King Institute of Preventive Medicine Bacteriolog. Section reports 1907-08
Year: 1907
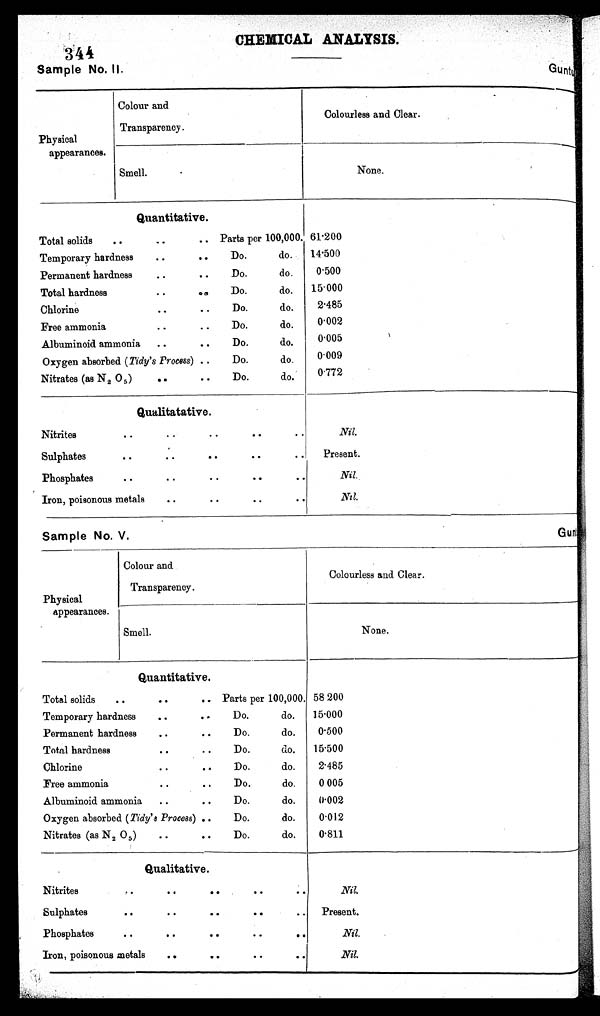
344
Sample No. II.
CHEMICAL ANALYSIS.
Guntu
Physical
appearances.
Colour and
Transparency.
Colourless and Clear.
Smell.
.
None.
Quantitative.
Total solids
..
..
.. Parts per 100,000. 61·200
Temporary hardness
..
..
Do.
do.
14·500
Permanent hardness
.. ..
Do.
do.
0·500
Total hardness
..
..
Do.
do.
15·000
Chlorine
.. ..
Do.
do.
2·485
Free ammonia
..
..
Do.
do.
0·002
Albuminoid ammonia
..
..
Do.
do.
0 · 0 0 5
Oxygen absorbed (Tidy's Process) ..
Do.
do.
0·009
Nitrates (as N 2 O5 )
..
..
Do.
do.
0·772
Qualitatative.
Nitrites
..
.. ..
..
..
Nil.
Sulphates
..
.. ..
.. .. Present.
Phosphates
..
..
..
.. .. .. Nil.
Iron, poisonous metals
..
..
.. .. Nil.
Sample No. V.
G u n t u
Gunt
Physical
appearances.
Colour and
Transparency.
Colourless and Clear.
Smell.
None.
Quantitative.
Total solids
..
..
.. Parts per 100,000. 58 200
Temporary hardness
..
..
Do.
do.
15·000
Permanent hardness
..
..
Do.
do.
0·500
Total hardness
..
..
Do.
do.
15·500
Chlorine
.. ..
Do.
do.
2·485
Free ammonia
.. ..
Do.
do.
0 005
Albuminoid ammonia
..
..
Do.
do.
0·002
Oxygen absorbed (Tidy' s Process) ..
Do.
do.
0·012
Nitrates (as N 2 0 5 ) ..
..
Do.
do.
0·811
Qualitative
Nitrites
..
..
..
. .
. .
Nil.
Sulphates
..
..
..
..
.. Present.
Phosphates
..
..
..
. .
. .
Nil.
Iron, poisonous metals
..
. .
. .
. .
Nil.